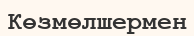
Көзмөлшермен